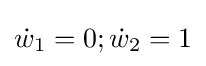
{\dot {w}}_{1}=0;{\dot {w}}_{2}=1